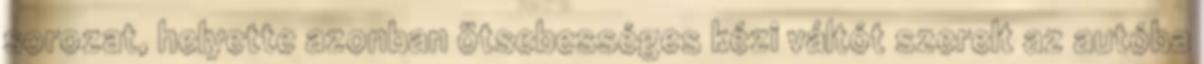
sorozat, helyette azonban ötsebességes kézi váltót szerelt az autóba